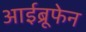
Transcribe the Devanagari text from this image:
आईब्रूफेन